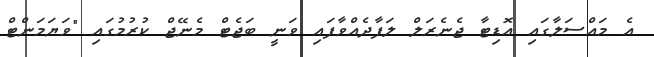
އެ މައްސަލާގައި އޮޑިޓާ ޖެނެރަލް ލަފާދެއްވާފައި ވަނީ ބަޖެޓް މެނޭޖް ކުރުމުގައި "ވަޔަމަންޓް